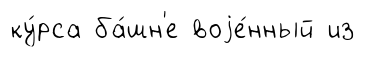
ку́рса ба́шн'е воjе́нный из